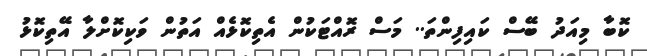
ކޮބާ މިއަދު ބޭސް ކައިފިންތަ.. މަސް ރޮއްޓަކުން އެތިކޮޅެއް އަތުން ވަކިކޮށްލާ އޭތިކޮޅު